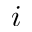
i